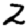
Digit: 2